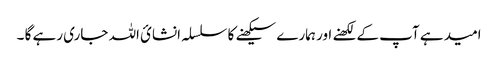
امید ہے آپ کے لکھنے اور ہمارے سیکھنے کا سلسلہ انشائ اللہ جاری رہے گا ۔